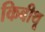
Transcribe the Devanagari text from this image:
किबीथू